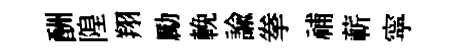
酬隍翔勵輓諭拳𥙷蔪寜